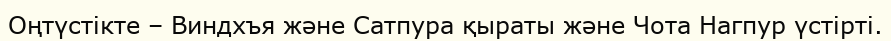
Оңтүстікте – Виндхъя және Сатпура қыраты және Чота Нагпур үстірті.